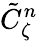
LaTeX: \tilde{C}_{\zeta}^{n}